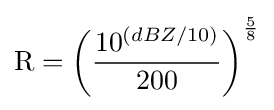
\mathrm {R} =\left({\frac {10^{(dBZ/10)}}{200}}\right)^{5 \over 8}